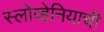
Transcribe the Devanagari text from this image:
स्लोव्हेनियाची